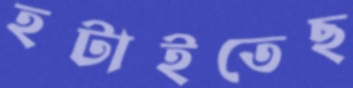
হটাইতেছ